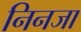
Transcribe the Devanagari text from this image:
निनजा